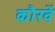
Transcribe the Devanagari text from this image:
कौरवें